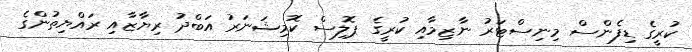
ކުރީގެ ޑިފެންސް މިނިސްޓަރު ނާޒިމާއި ކުރީގެ ޕޮލިސް ކޮމިޝަނަރު އަބްދު ރިޔާޒާއި ރައްޔިތުންގެ